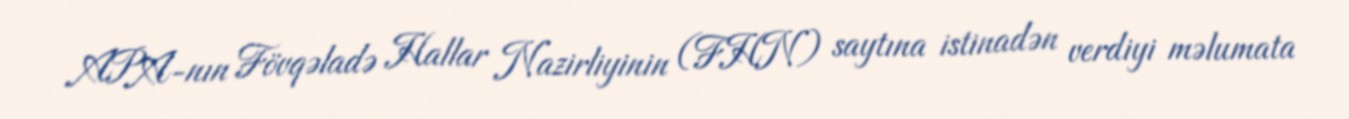
APA-nın Fövqəladə Hallar Nazirliyinin (FHN) saytına istinadən verdiyi məlumata